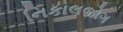
નિકાલજોગ